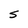
Character: S